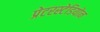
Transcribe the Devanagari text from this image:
प्रेटरस्टेडियोन